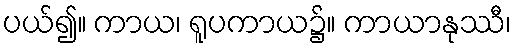
ပယ်၍။ ကာယ၊ ရူပကာယ၌။ ကာယာနုဿီ၊